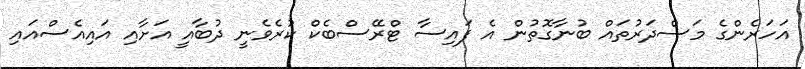
އަހަރެންގެ މަސްދަރުތައް ބުނާގޮތުން އެ ފައިސާ ޓްރޭސްބެކް ކުރެވެނީ ދުބާއީ އަށާއި އައިއެސްއައި